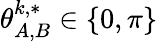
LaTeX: \theta_{A,B}^{k,*}\in\{ 0,\pi\}